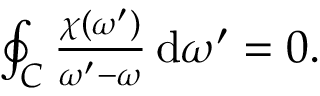
\begin{array} { r } { \oint _ { C } \frac { \chi ( \omega ^ { \prime } ) } { \omega ^ { \prime } - \omega } \, \mathrm { d } \omega ^ { \prime } = 0 . } \end{array}